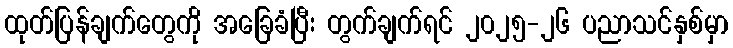
ထုတ်ပြန်ချက်တွေကို အခြေခံပြီး တွက်ချက်ရင် ၂၀၂၅-၂၆ ပညာသင်နှစ်မှာ